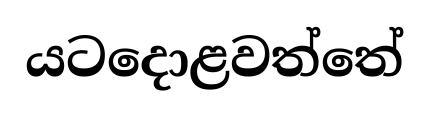
යටදොළවත්තේ